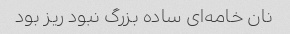
نان خامه‌ای ساده بزرگ نبود ریز بود